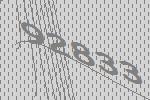
92833